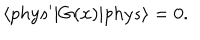
\langle p h y s ^ { \prime } | G ( x ) | p h y s \rangle = 0 .